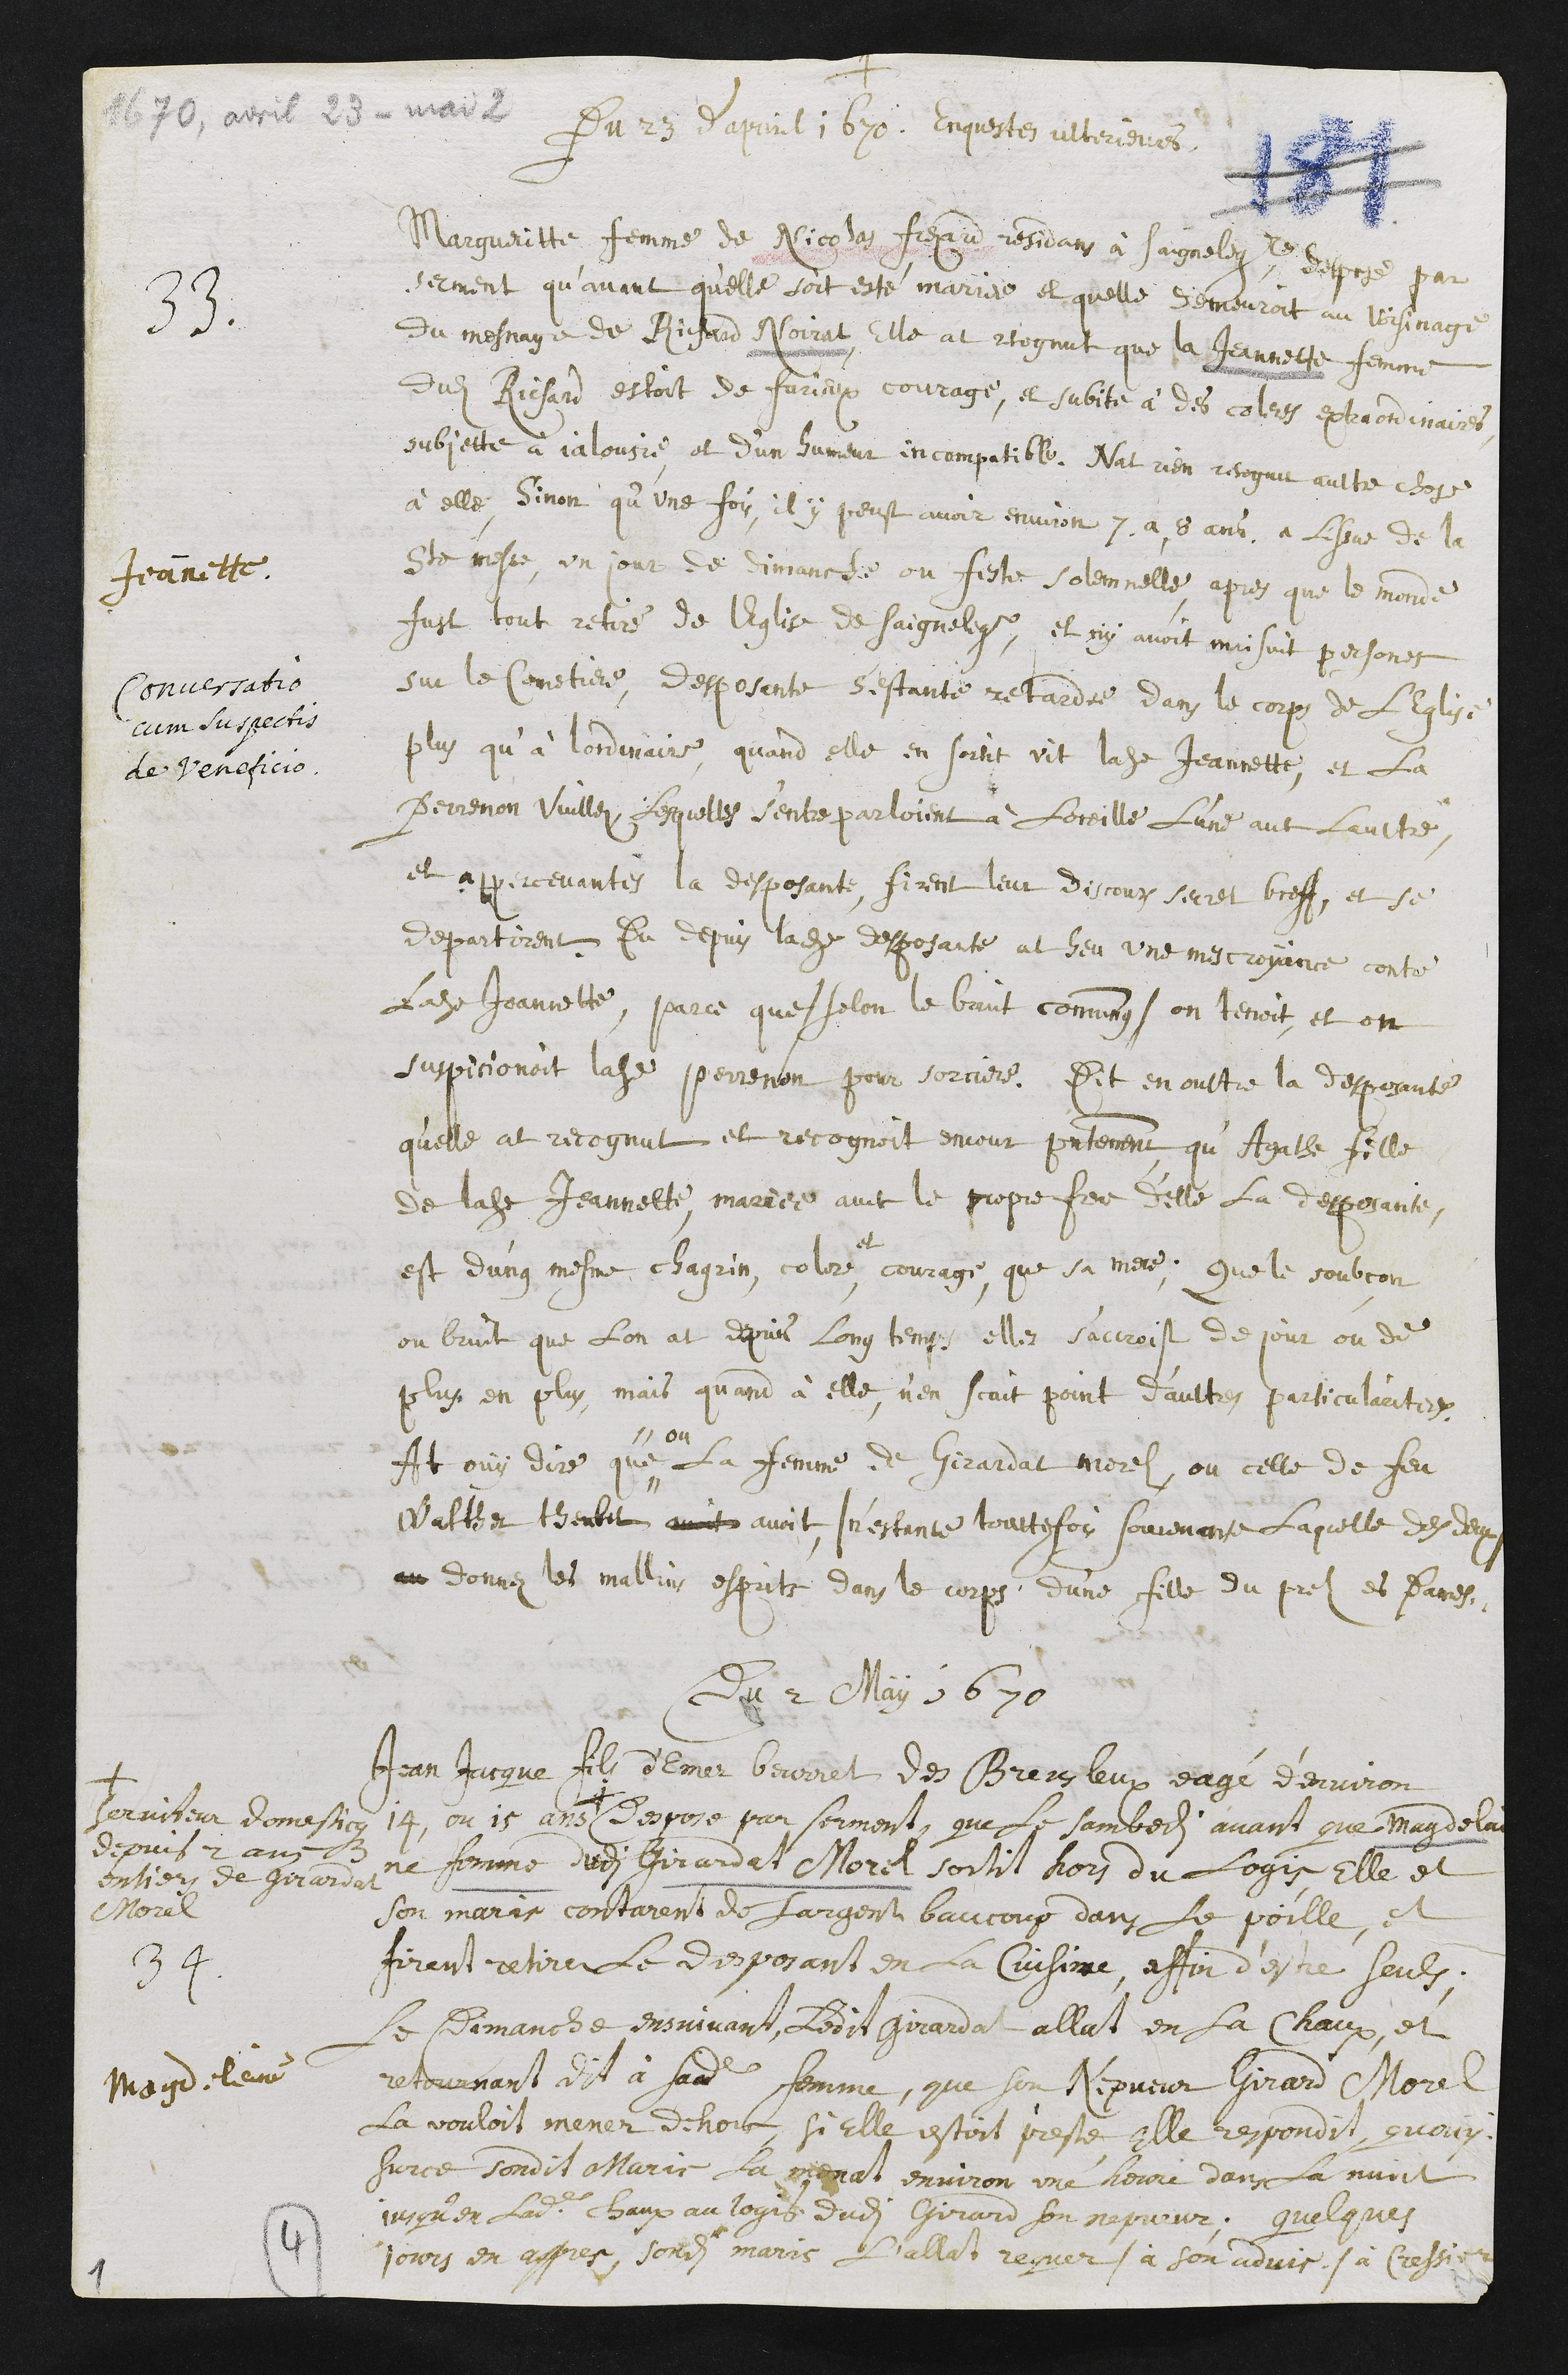
+
Du 23 d’apvril 1670. Enquestes ulterieures.
Jeannette.
Conversatio
cum suspectis
de veneficio.
Margueritte, femme de Nicolas Fresard residans à Saignelegier, despose par
serment qu’avant qu’elle soit esté mariée et quelle demeuroit au voisinage
du mesnage de Richard Noirat, elle at recognut que la Jeanette femme
dudit Richard estoit de furieux courage, et subite à des coleres extraordinaires,
subjette à jalousie, et d’un humeur incompatible. N’at rien recognu aultre chose
à elle, sinon qu’une fois, il y peust avoir environ 7 a 8 ans, à l’issue de la
Ste messe, un jour de dimanche ou feste solemnelle, apres que le monde
fust tout retiré de l’eglise de Saignelegier, et n’y avoit maisuit persones
sur le cimetiere, desposente s’estante retardée dans le corps de l’eglise
plus qu’à l’ordinaire, quand elle en sortit vit ladite Jeannette, et la
Perrenon Vuillez, lesquelles s’entreparloient à l’oreille l’une avec l’aultre,
et appercevantes la desposante, firent leur discours secret breff, et se
departirent. Du depuis ladite desposante at heu une mescroyance contre
ladite Jeannette, parce que /selon le bruit com(m)ung / on tenoit, et on
suspicionoit ladite Perrenon pour sorciere. Dit en oultre la desposante
qu’elle at recognut et recognoit encour presentement, qu’Agathe fille
de ladite Jeannette, mariée avec le propre frere d’elle la desposante,
est d’ung mesme chagrin, colere,
et
courage, que sa mere ; que le soubcon
ou bruit que l’on at depuis long temps elles s’accroist de jour ou de
plus en plus, mais quand à elle, n’en scait point d’aultres particularitées.
At ouy dire que"
" ou
la femme de Girardat Morel, ou celle de feu
Walther Theubet avoit avoit, / n’estante touttefois souvenante laquelle des deux /
au donner les mallins esprits dans le corps d’une fille du prelz es Dames.
Du 2 May 1670
34.
Jean Jacque fils d’Emer Beurret des Breusleux eagé d’environ
14, ou 15 ans +
+
Serviteur domesticque
depuis 2 ans
entiers de girardat
Morel
despose par serment, que le sambedi avant que Magdelai-
ne femme dudi Girardat Morel sortit hors du logis, elle et
son maris contarent de l’argent baucoup dans le poille, et
firent retirer le desposant en la cuisine, affin d’estre seuls ;
Magdeleine
Le dimanche ensuivant, ledit Girardat allat en la chaux, et
retournant dit à ladite femme, que son nepveur Girard Morel
la vouloit mener dehors, si elle estoit preste, elle respondit, qu’ouy.
Sur ce sondit maris la menat environ une heure dans la nuict
jusqu’en ladite chaux au logis dudit Girard son nepveur; quelques
jours en appres sondit maris l’allat requer / à son advis ./ à Cressier